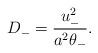
LaTeX: \begin{align*}D_- = \frac{u_-^2}{a^2 \theta_-}.\end{align*}